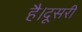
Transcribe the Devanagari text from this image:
है।दूसरी